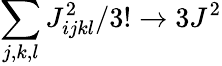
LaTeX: \sum_{j,k,l}J_{ijkl}^{2}/3!\rightarrow 3J^{2}